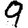
Digit: 9